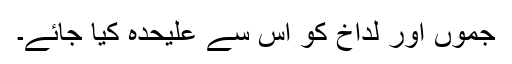
جموں اور لداخ کو اس سے علیحدہ کیا جائے۔